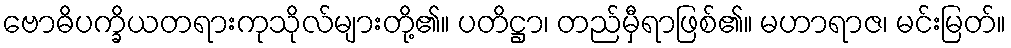
ဗောဓိပက္ခိယတရားကုသိုလ်များတို့၏။ ပတိဋ္ဌာ၊ တည်မှီရာဖြစ်၏။ မဟာရာဇ၊ မင်းမြတ်။